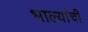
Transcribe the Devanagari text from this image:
भाल्यांची